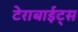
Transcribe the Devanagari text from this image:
टेराबाईट्स